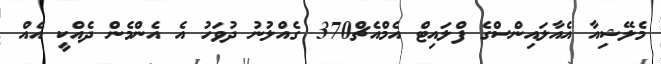
މެލޭޝިއާ އެއާލައިންސްގެ ފްލައިޓް އެމްއެޗް370 ގެއްލުނު ދުވަހު އެ އެންމެން ދެއްކީ އެއް